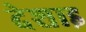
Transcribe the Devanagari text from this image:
देशाइ